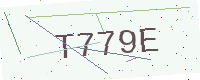
Text: T779E